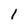
Character: l